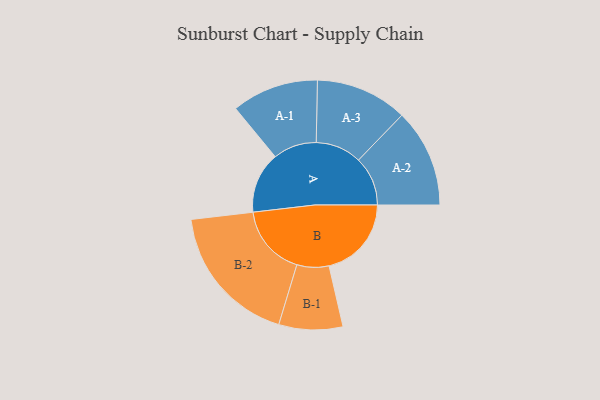
{"axis": {"x": "Segment", "y": "Value"}, "legend": ["", "A", "B"], "data": [{"x": "A", "y": 245, "type": ""}, {"x": "B", "y": 330, "type": ""}, {"x": "A-1", "y": 174, "type": "A"}, {"x": "A-2", "y": 197, "type": "A"}, {"x": "A-3", "y": 184, "type": "A"}, {"x": "B-1", "y": 128, "type": "B"}, {"x": "B-2", "y": 285, "type": "B"}]}